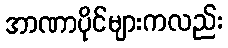
အာဏာပိုင်များကလည်း